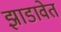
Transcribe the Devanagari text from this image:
झाडावेत